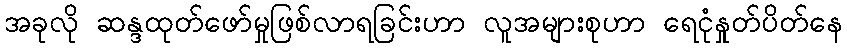
အခုလို ဆန္ဒထုတ်ဖော်မှုဖြစ်လာရခြင်းဟာ လူအများစုဟာ ရေငုံနှုတ်ပိတ်နေ